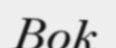
Bok